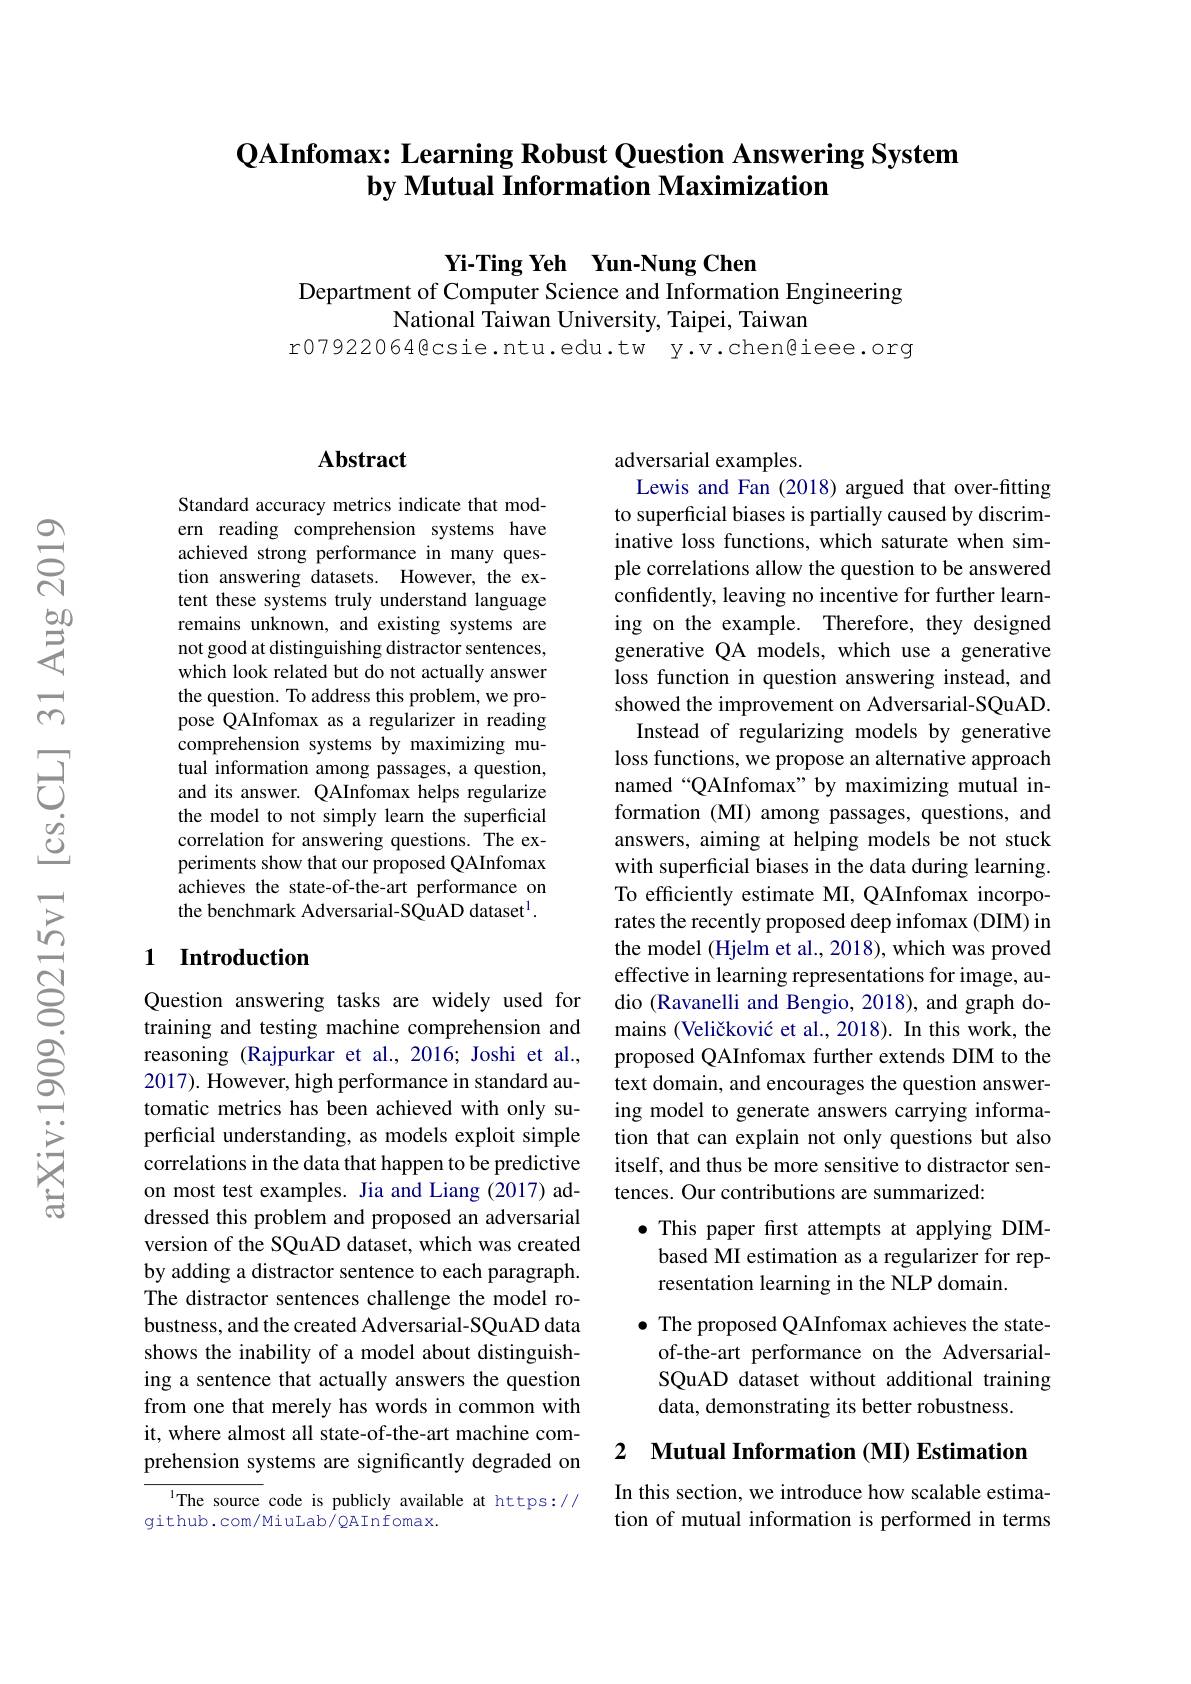
## $\textbf{QAInfomax: Learning Robust Question Answering System}$ by Mutual Information Maximization

Yi-Ting Yeh Yun-Nung Chen

Department of Computer Science and Information Engineering
National Taiwan University, Taipei, Taiwan
r07922064@csie.ntu.edu.tw y.v.chengieee.org

### $\mathbf{Abstract}$

Standard accuracy metrics indicate that modern reading comprehension systems have achieved strong performance in many question answering datasets. However, the extent these systems truly understand language remains unknown, and existing systems are not good at distinguishing distractor sentences, which look related but do not actually answer the question. To address this problem, we propose QAInfomax as a regularizer in reading comprehension systems by maximizing mutual information among passages, a question, and its answer. QAInfomax helps regularize the model to not simply learn the superficial correlation for answering questions. The experiments show that our proposed QAInfomax achieves the state-of-the-art performance on the benchmark Adversarial-SQuAD dataset$^{1}.$

## 1 Introduction

Question answering tasks are widely used for training and testing machine comprehension and reasoning (Rajpurkar et al.,2016; Joshi et al., 2017). However, high performance in standard automatic metrics has been achieved with only superficial understanding, as models exploit simple correlations in the data that happen to be predictive on most test examples. Jia and Liang (2017) addressed this problem and proposed an adversarial version of the SQuAD dataset, which was created by adding a distractor sentence to each paragraph. The distractor sentences challenge the model robustness, and the created Adversarial-SQuAD data shows the inability of a model about distinguishing a sentence that actually answers the question from one that merely has words in common with it, where almost all state-of-the-art machine comprehension systems are significantly degraded on

The source code is publicly available at https://
github.com/MiuLab/QAInfomax.

adversarial examples.
Lewis and Fan (2018) argued that over-fitting to superficial biases is partially caused by discriminative loss functions, which saturate when simple correlations allow the question to be answered confidently, leaving no incentive for further learning on the example. Therefore, they designed generative QA models, which use a generative loss function in question answering instead, and showed the improvement on Adversarial-SQuAD.
Instead of regularizing models by generative loss functions, we propose an alternative approach named“QAInfomax”by maximizing mutual information (MI) among passages, questions, and answers, aiming at helping models be not stuck with superficial biases in the data during learning. To efficiently estimate MI,QAInfomax incorporates the recently proposed deep infomax (DIM) in the model (Hjelm et al., 2018), which was proved effective in learning representations for image, audio (Ravanelli and Bengio, 2018), and graph domains (Veličković et al., 2018). In this work, the proposed QAInfomax further extends DIM to the text domain, and encourages the question answering model to generate answers carrying information that can explain not only questions but also itself, and thus be more sensitive to distractor sentences. Our contributions are summarized:
$\bullet$ This paper first attempts at applying DIMbased MI estimation as a regularizer for representation learning in the NLP domain.

$\bullet$ The proposed QAInfomax achieves the stateof-the-art performance on the AdversarialSQuAD dataset without additional training data, demonstrating its better robustness.

2  Mutual Information (MI) Estimation

In this section, we introduce how scalable estimation of mutual information is performed in terms